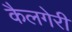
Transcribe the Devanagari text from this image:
कैलगेरी